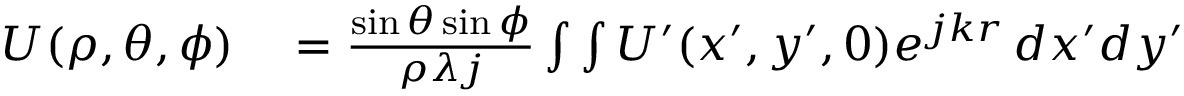
\begin{array} { r l } { U ( \rho , \theta , \phi ) } & { { } = \frac { \sin { \theta } \sin { \phi } } { \rho \lambda j } \int \int U ^ { \prime } ( x ^ { \prime } , y ^ { \prime } , 0 ) { e ^ { j k r } } \, d x ^ { \prime } d y ^ { \prime } } \end{array}